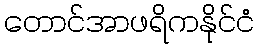
တောင်အာဖရိကနိုင်ငံ